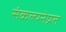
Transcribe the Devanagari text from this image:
संकल्पनेप्रत